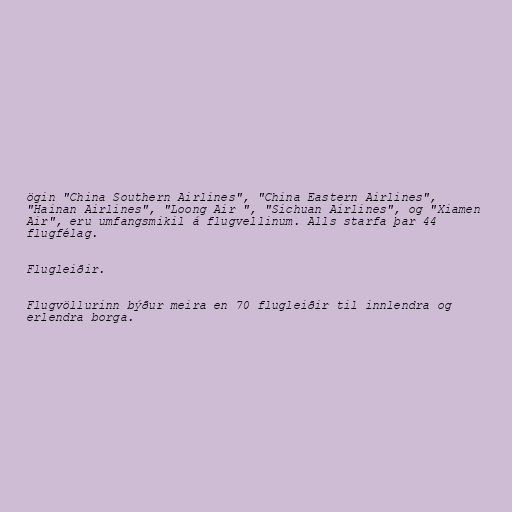
ögin "China Southern Airlines", "China Eastern Airlines",
"Hainan Airlines", "Loong Air ", "Sichuan Airlines", og "Xiamen
Air", eru umfangsmikil á flugvellinum. Alls starfa þar 44
flugfélag.

Flugleiðir.

Flugvöllurinn býður meira en 70 flugleiðir til innlendra og
erlendra borga.